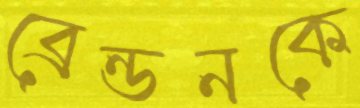
ব্রেন্ডনকে